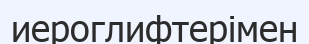
иероглифтерімен